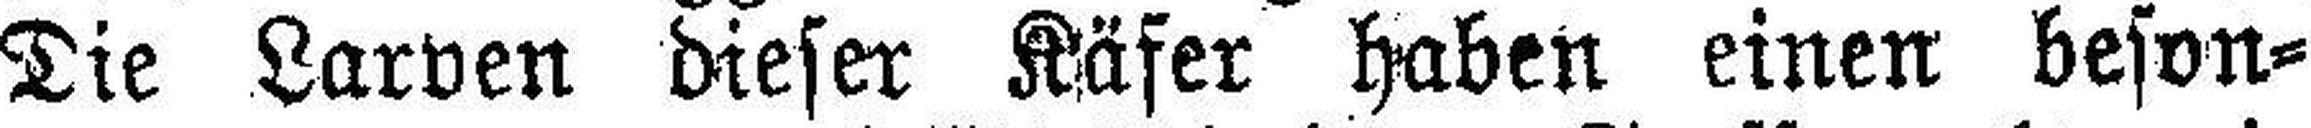
Die Larven dieser Käfer haben einen beson¬